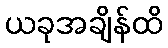
ယခုအချိန်ထိ